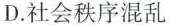
D.社会秩序混乱